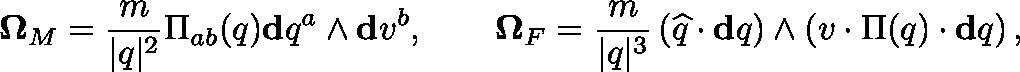
\mathbf { \Omega } _ { M } = \frac { m } { \vert q \vert ^ { 2 } } \Pi _ { a b } ( q ) \mathbf { d } q ^ { a } \wedge \mathbf { d } v ^ { b } , \qquad \mathbf { \Omega } _ { F } = \frac { m } { \vert q \vert ^ { 3 } } \left( \widehat { q } \cdot \mathbf { d } q \right) \wedge \left( v \cdot \Pi ( q ) \cdot \mathbf { d } q \right) ,